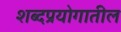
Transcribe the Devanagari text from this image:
शब्दप्रयोगातील